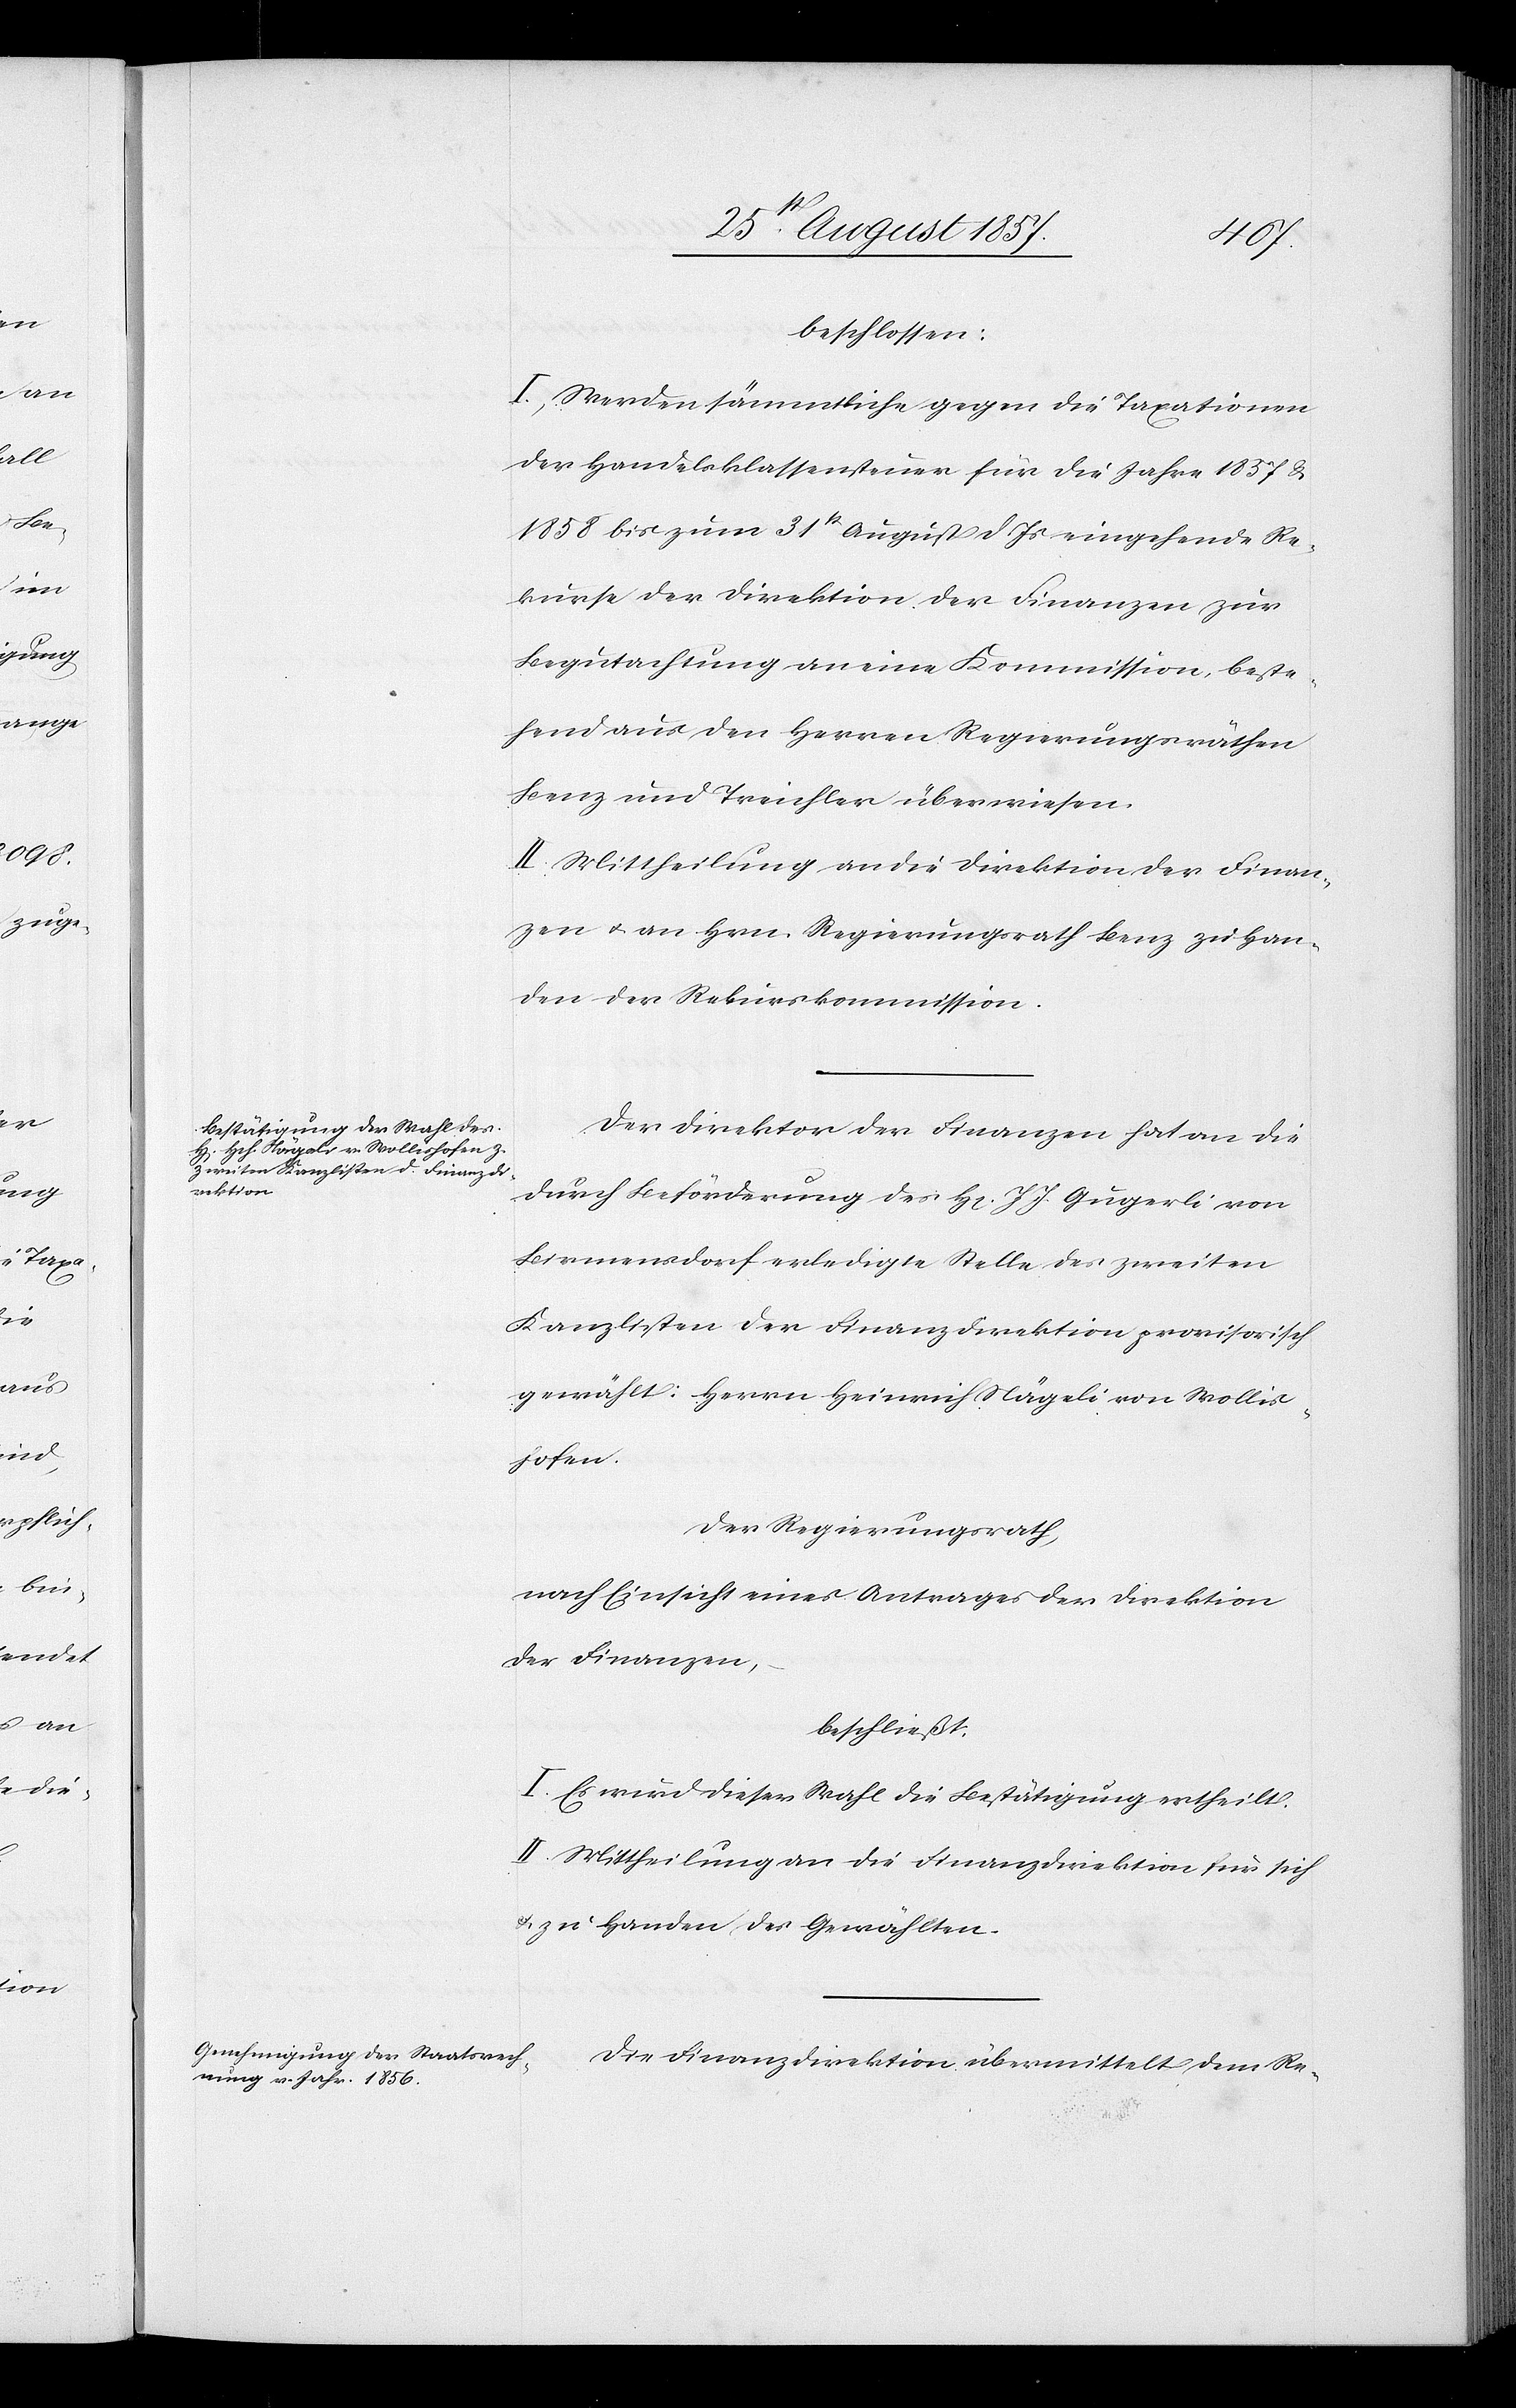
beschlossen:
I. Werden sämmtliche gegen die Taxationen
der Handelsklassensteuer für die Jahre 1857 &
1858 bis zum 31st August d. Js. eingehende Re¬
kurse der Direktion der Finanzen zur
Begutachtung an eine Kommission, beste¬
hend aus den Herren Regierungsräthen
Benz und Treichler überwiesen.
II. Mittheilung an die Direktion der Finan¬
zen & an Hrn. Regierungsrath Benz zu Han¬
den der Rekurskommission.
Der Direktor der Finanzen hat an die
durch Beförderung des H[errn] J. J. Gugerli von
Birmenstorf erledigte Stelle des zweiten
Kanzlisten der Finanzdirektion provisorisch
gewählt: Herrn Heinrich Nägeli von Wollis¬
hofen.
Der Regierungsrath,
nach Einsicht eines Antrages der Direktion
der Finanzen,
beschließt:
I. Es wird dieser Wahl die Bestätigung ertheilt.
II. Mittheilung an die Finanzdirektion für sich
& zu Handen der Gewählten.
Die Finanzdirektion übermittelt dem Re-